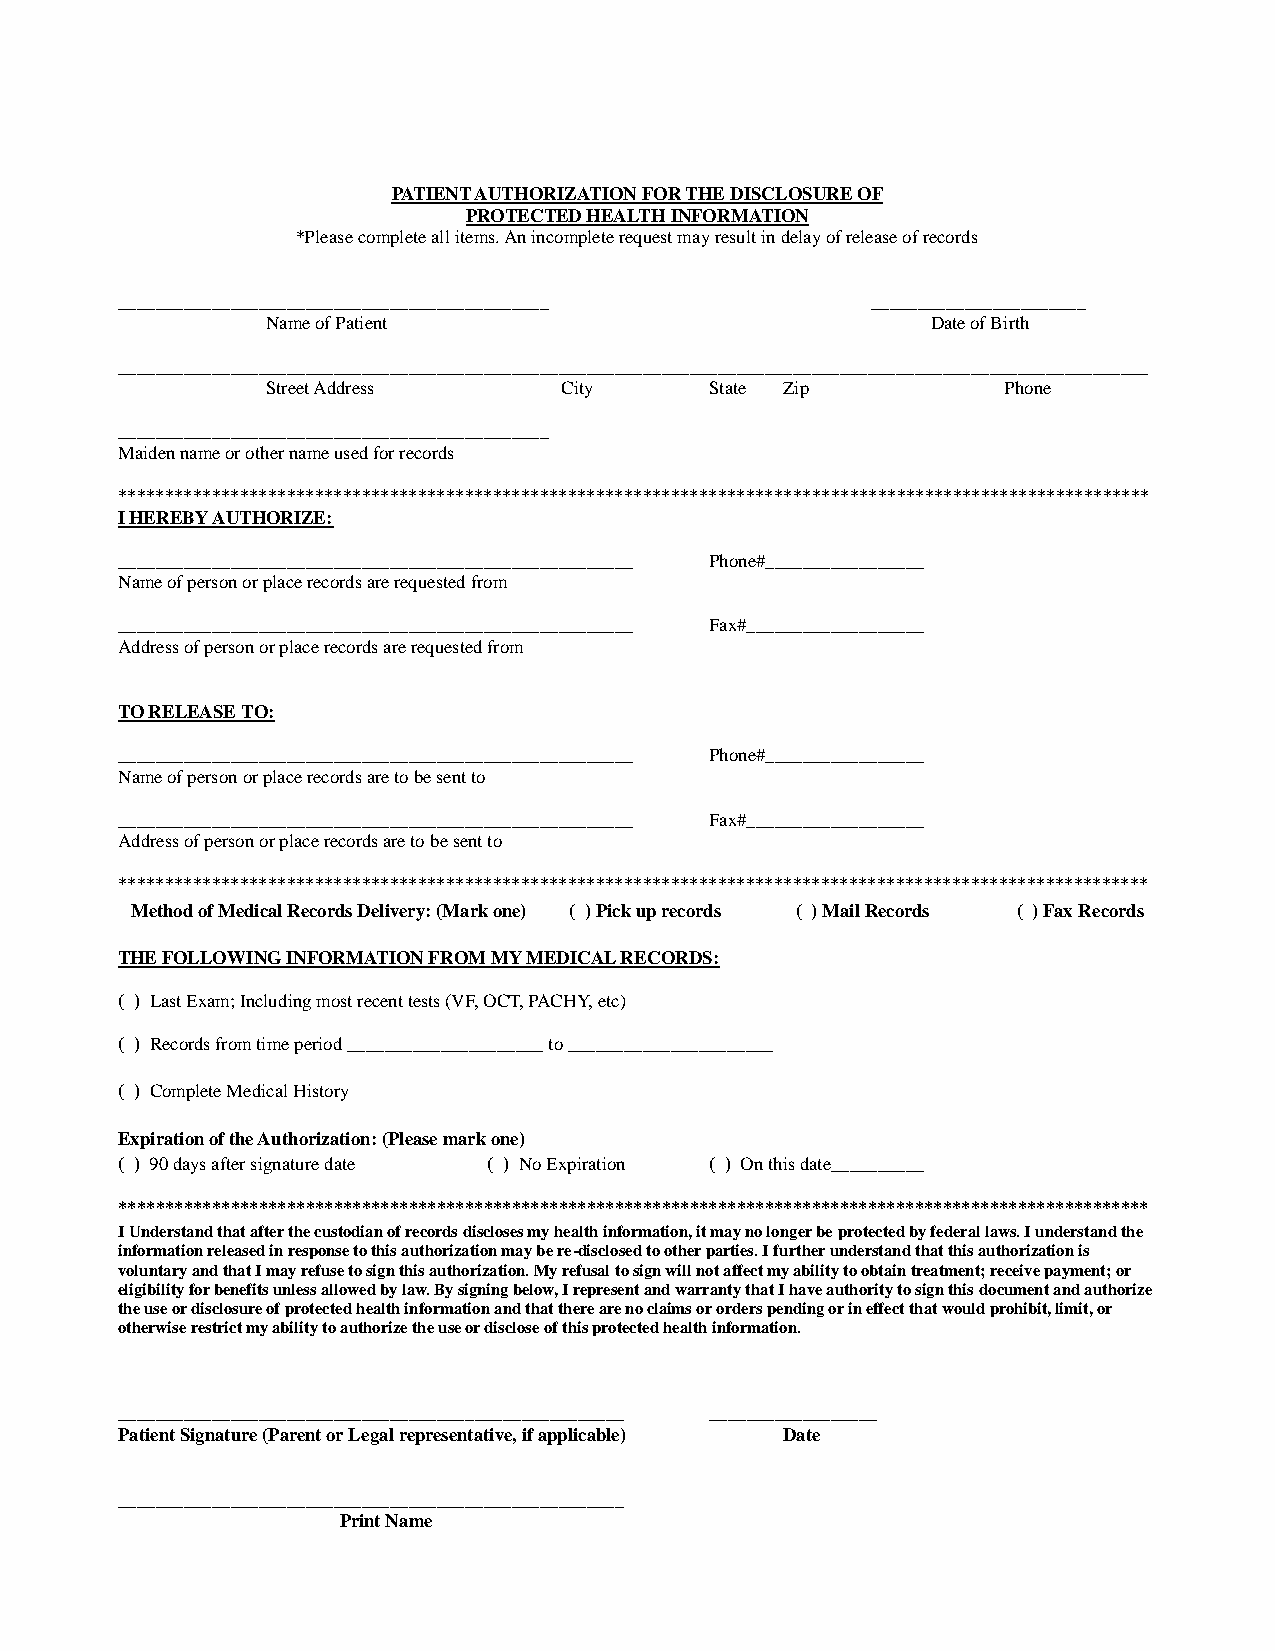
PATIENT AUTHORIZATION FOR THE DISCLOSURE OF
 PROTECTED HEALTH INFORMATION
 *Please complete all items. An incomplete request may result in delay of release of records
 ______________________________________________    _______________________
 Name of Patient                             Date of Birth
 ______________________________________________________________________________________________________________
 Street Address     City      State Zip          Phone
 ______________________________________________
 Maiden name or other name used for records
 **************************************************************************************************************
 I HEREBY AUTHORIZE:
 _______________________________________________________ Phone#_________________
 Name of person or place records are requested from
 _______________________________________________________ Fax#___________________
 Address of person or place records are requested from
 TO RELEASE TO:
 _______________________________________________________ Phone#_________________
 Name of person or place records are to be sent to
 _______________________________________________________ Fax#___________________
 Address of person or place records are to be sent to
 **************************************************************************************************************
 Method of Medical Records Delivery: (Mark one) ( ) Pick up records ( ) Mail Records ( ) Fax Records
 THE FOLLOWING INFORMATION FROM MY MEDICAL RECORDS:
 ( ) Last Exam; Including most recent tests (VF, OCT, PACHY, etc)
 ( ) Records from time period _____________________ to ______________________
 ( ) Complete Medical History
 Expiration of the Authorization: (Please mark one)
 ( ) 90 days after signature date ( ) No Expiration ( ) On this date__________
 **************************************************************************************************************
 I Understand that after the custodian of records discloses my health information, it may no longer be protected by federal laws. I understand the
 information released in response to this authorization may be re-disclosed to other parties. I further understand that this authorization is
 voluntary and that I may refuse to sign this authorization. My refusal to sign will not affect my ability to obtain treatment; receive payment; or
 eligibility for benefits unless allowed by law. By signing below, I represent and warranty that I have authority to sign this document and authorize
 the use or disclosure of protected health information and that there are no claims or orders pending or in effect that would prohibit, limit, or
 otherwise restrict my ability to authorize the use or disclose of this protected health information.
 ______________________________________________________ __________________
 Patient Signature (Parent or Legal representative, if applicable) Date
 ______________________________________________________
 Print Name